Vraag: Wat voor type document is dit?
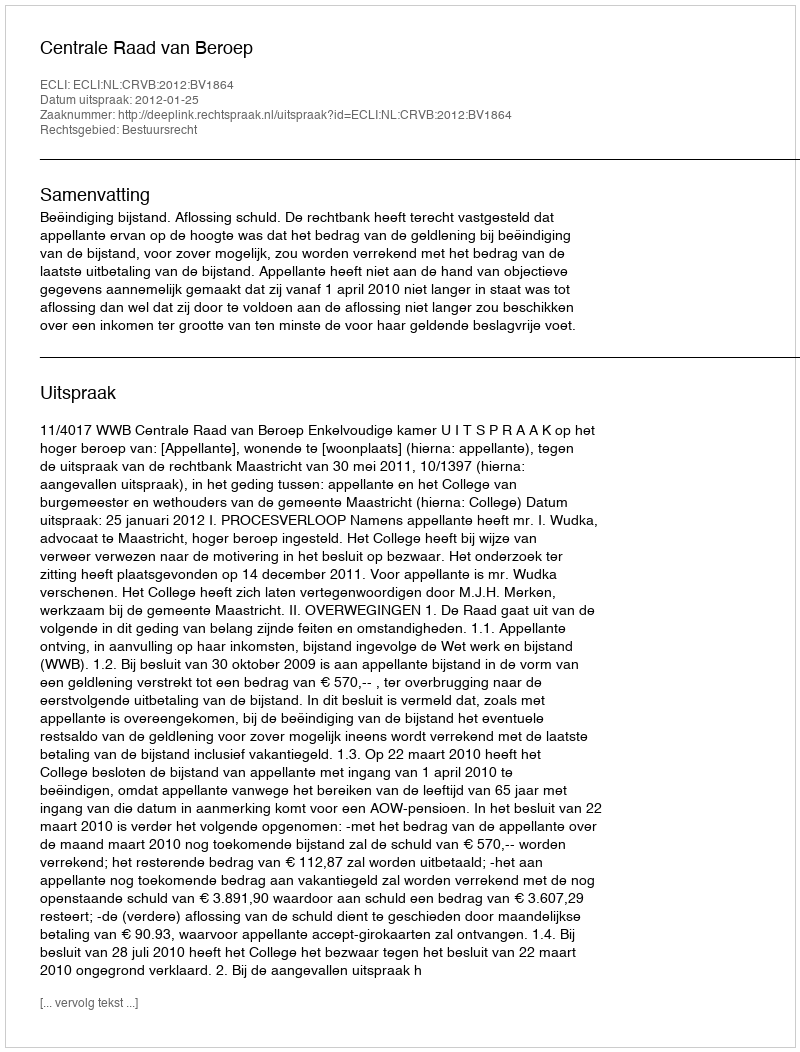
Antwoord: Uitspraak